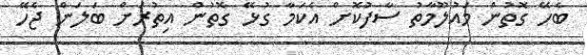
ބެހޭ ގޮތުން މައުލޫމާތު ސާފުކޮށް އެކަމާ ގުޅޭ ގޮތުން އިތުރަށް ބަލަން ޖެހޭ